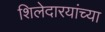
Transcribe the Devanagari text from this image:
शिलेदारयांच्या